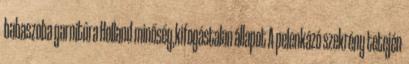
babaszoba garnitúra Holland minőség,kifogástalan állapot A pelenkázó szekrény tetején